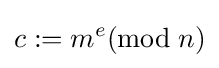
c:=m^{e}(\mathrm {mod} \;n)